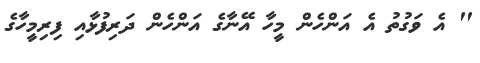
'' އެ ވަގުތު އެ އަންހެން މީހާ އޭނާގެ އަންހެން ދަރިފުޅާއި ފިރިމީހާގެ